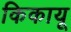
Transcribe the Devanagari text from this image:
किकायू